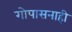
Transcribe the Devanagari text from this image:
गोपासनाही